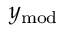
y _ { \mathrm { { m o d } } }